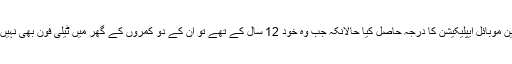
بعد میں اینڈرائیڈ موبائل ایپلیکیشن نے دنیا کی معروف ترین موبائل ایپلیکیشن کا درجہ حاصل کیا حالانکہ جب وہ خود 12 سال کے تھے تو ان کے دو کمروں کے گھر میں ٹیلی فون بھی نہیں تھا اور ان کے پاس نہ تو کار تھی اور نہ ہی ٹی وی تھا۔